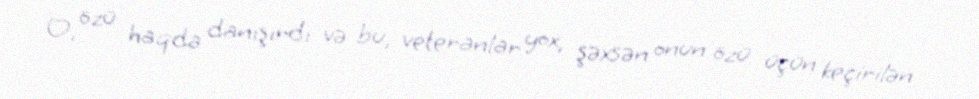
O, özü haqda danışırdı və bu, veteranlar yox, şəxsən onun özü üçün keçirilən